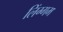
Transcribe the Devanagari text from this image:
लिंग्गम